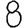
Digit: 8